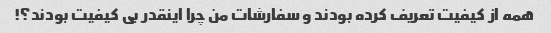
همه از کیفیت تعریف کرده بودند و سفارشات من چرا اینقدر بی کیفیت بودند؟!